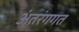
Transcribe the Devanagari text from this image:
अंतरंगगत